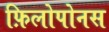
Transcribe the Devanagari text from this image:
फ़िलोपोनस